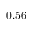
0 . 5 6